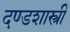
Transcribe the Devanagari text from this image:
दण्डशास्त्री